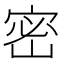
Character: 密